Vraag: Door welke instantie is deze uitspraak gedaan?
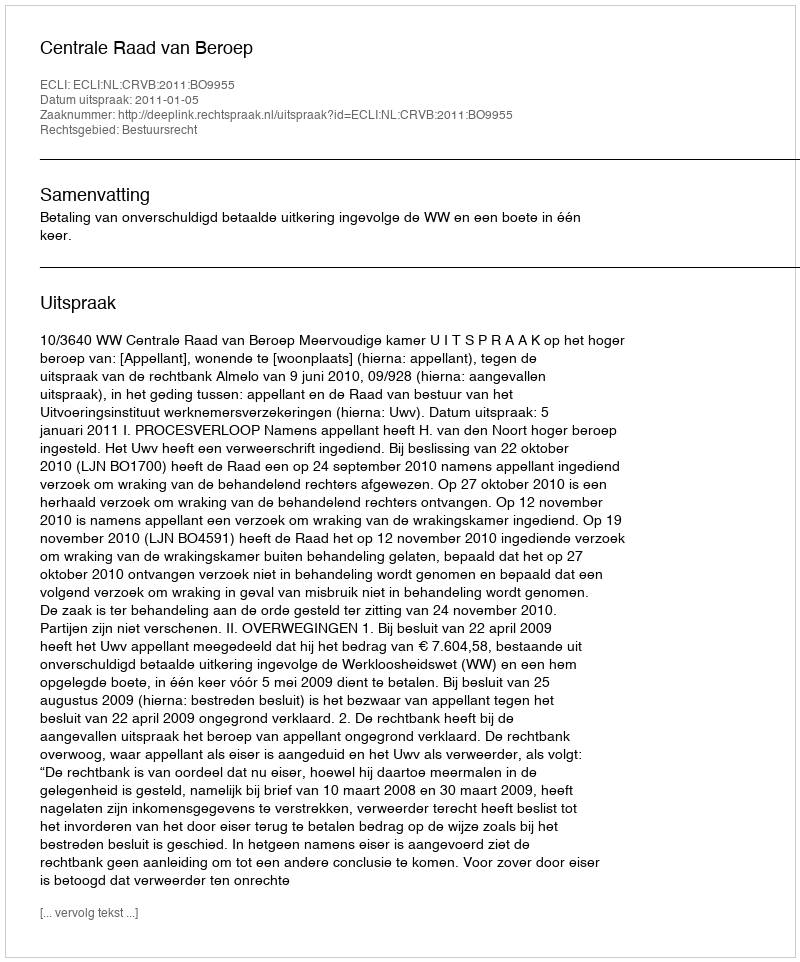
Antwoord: Centrale Raad van Beroep